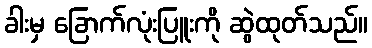
ခါးမှ ခြောက်လုံးပြူးကို ဆွဲထုတ်သည်။